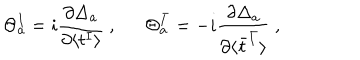
LaTeX: \Theta _ { a } ^ { I } = i \frac { \partial \Delta _ { a } } { \partial \langle t ^ { I } \rangle } ~ , \Theta _ { a } ^ { \bar { I } } = - i \frac { \partial \Delta _ { a } } { \partial \langle \bar { t } ^ { \bar { I } } \rangle } ~ ,